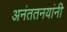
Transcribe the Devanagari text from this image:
अनंततनयांनी